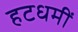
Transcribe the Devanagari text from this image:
हटधमीं